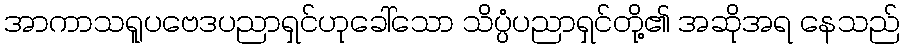
အာကာသရူပဗေဒပညာရှင်ဟုခေါ်သော သိပ္ပံပညာရှင်တို့၏ အဆိုအရ နေသည်